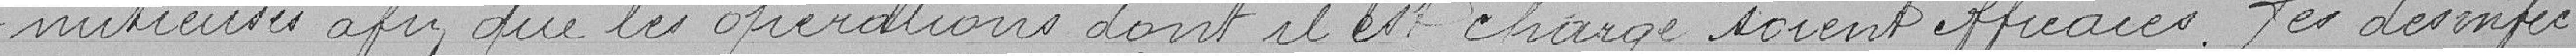
nutieuse afin que les opérations dont il est chargé soient efficaces. Les désinfec-